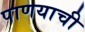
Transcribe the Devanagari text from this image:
पाणयाची